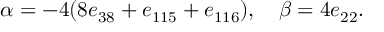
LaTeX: \alpha = - 4 ( 8 e _ { 3 8 } + e _ { 1 1 5 } + e _ { 1 1 6 } ) , \quad \beta = 4 e _ { 2 2 } .